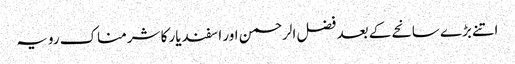
اتنے بڑے سانحے کے بعد فضل الرحمن اور اسفندیار کا شرمناک رویہ